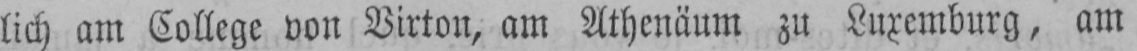
lich am College von Virton, am Athenäum zu Luxemburg, am